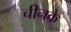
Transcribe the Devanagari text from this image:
चीनके